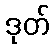
ဒုတ်